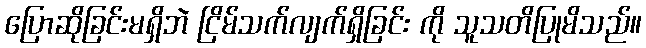
ပြောဆိုခြင်းမရှိဘဲ ငြိမ်သက်လျက်ရှိခြင်း ကို သူသတိပြုမိသည်။